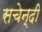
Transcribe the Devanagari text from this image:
सचेन्दी